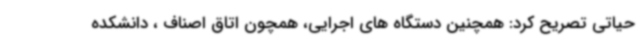
حیاتی تصریح کرد: همچنین دستگاه های اجرایی، همچون اتاق اصناف ، دانشکده